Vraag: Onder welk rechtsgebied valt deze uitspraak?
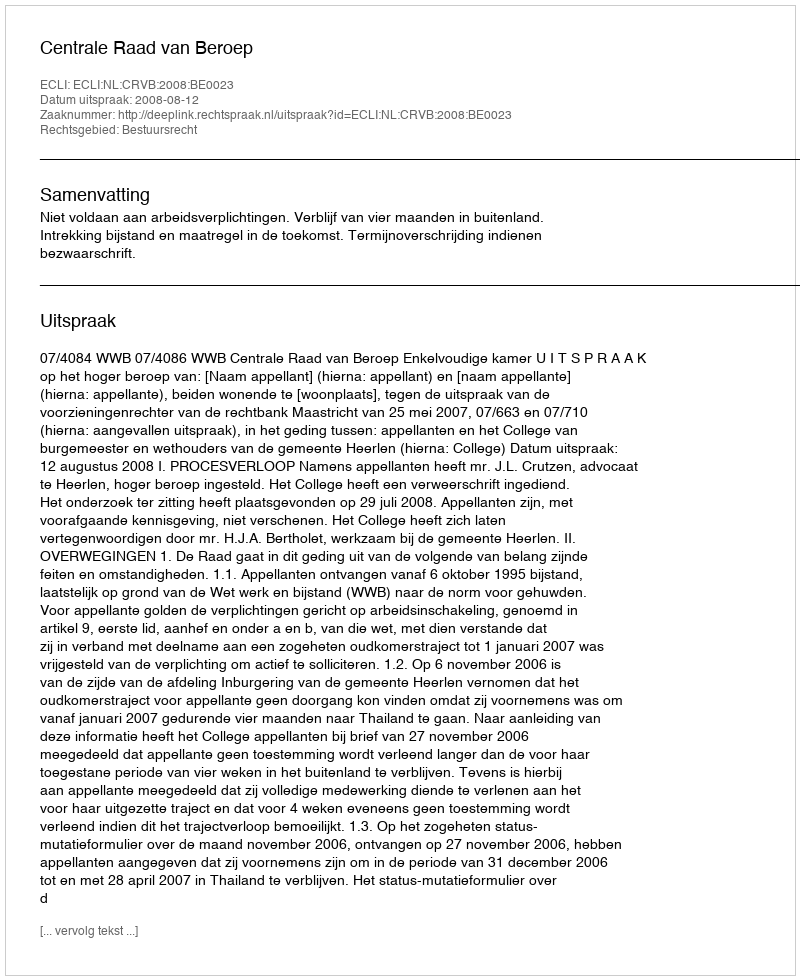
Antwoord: Bestuursrecht